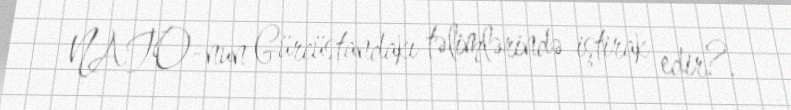
NATO-nun Gürcüstandakı təlimlərində iştirak edir?.